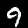
Label: 9